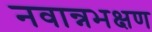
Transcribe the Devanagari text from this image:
नवान्नभक्षण